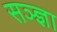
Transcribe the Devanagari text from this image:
सञ्ज्ञा